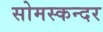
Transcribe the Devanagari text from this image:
सोमस्कन्दर